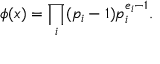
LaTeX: \phi ( x ) = \prod _ { i } ( p _ { i } - 1 ) p _ { i } ^ { e _ { i } - 1 } .